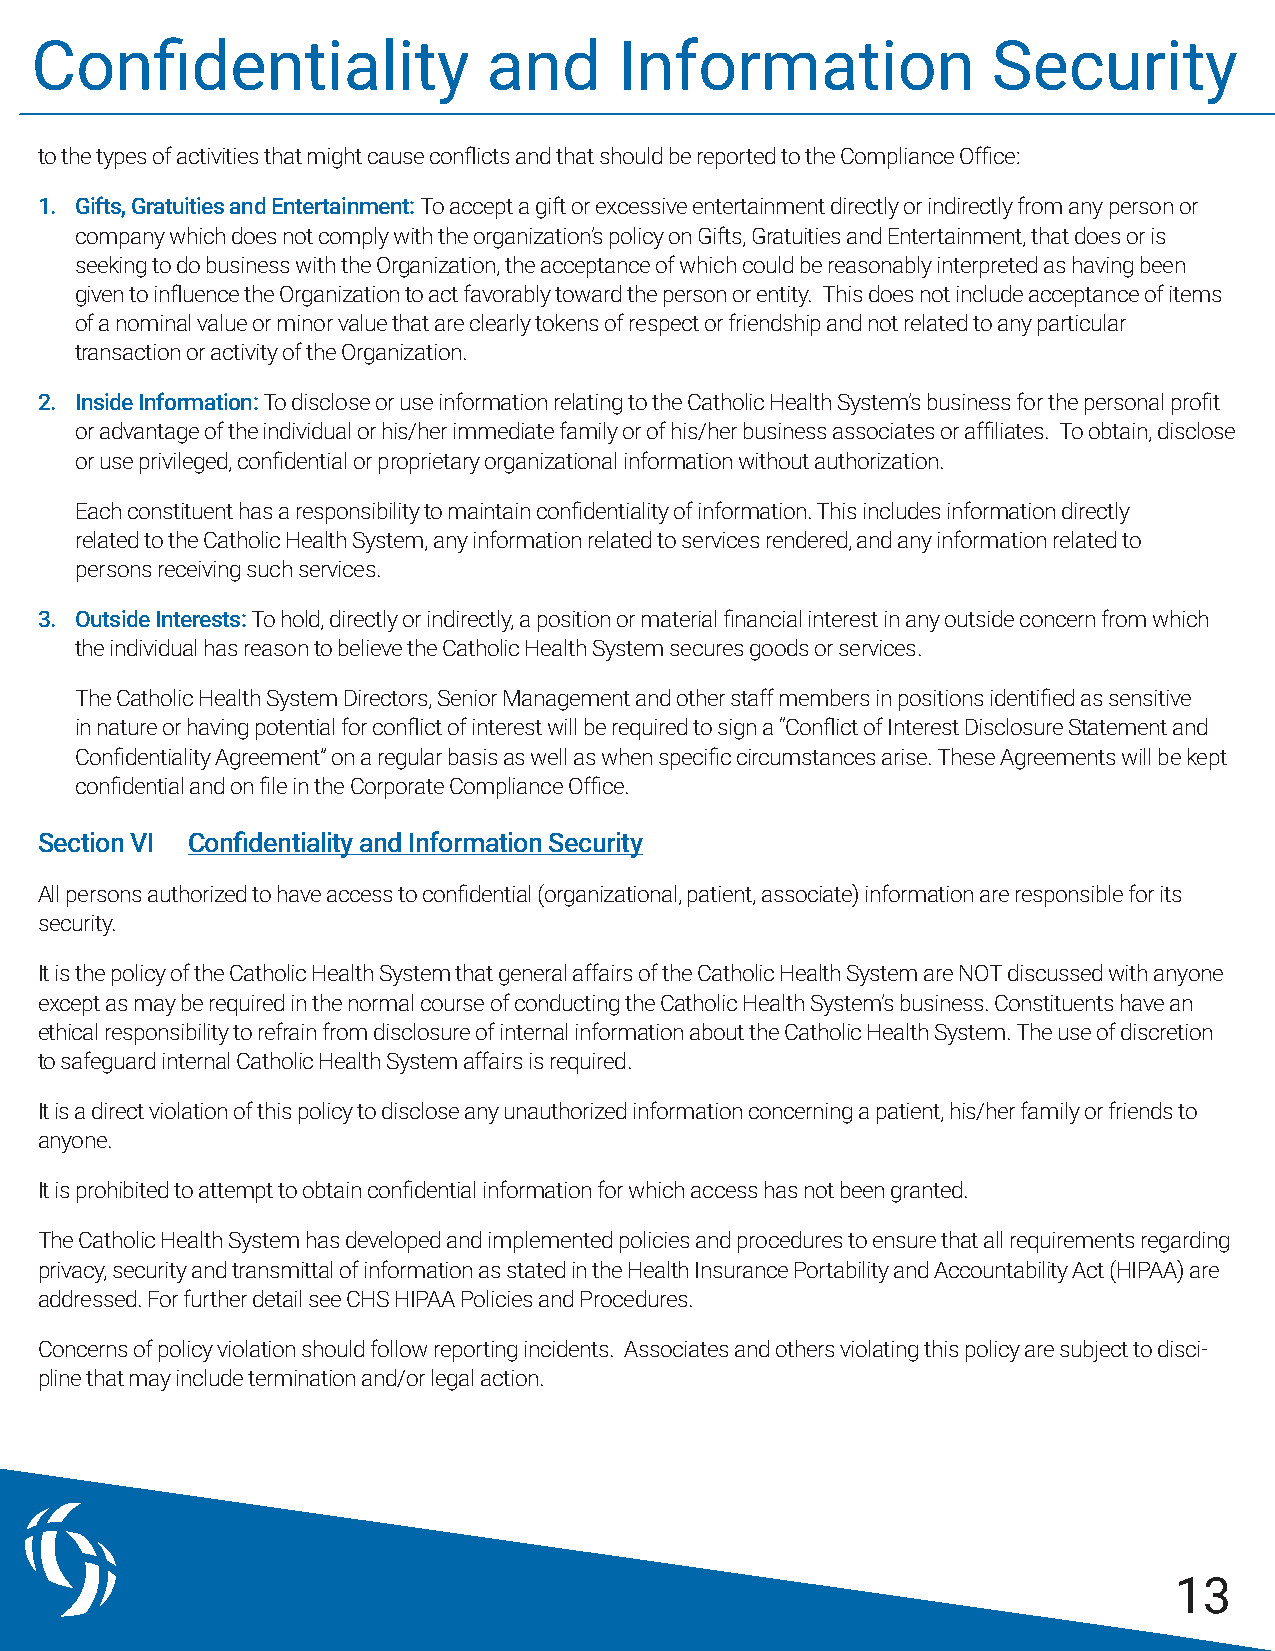
Confidentiality               and      Information              Security
 to the types of activities that might cause conflicts and that should be reported to the Compliance Office:
 1. Gifts, Gratuities and Entertainment: To accept a gift or excessive entertainment directly or indirectly from any person or
 company which does not comply with the organization’s policy on Gifts, Gratuities and Entertainment, that does or is
 seeking to do business with the Organization, the acceptance of which could be reasonably interpreted as having been
 given to influence the Organization to act favorably toward the person or entity. This does not include acceptance of items
 of a nominal value or minor value that are clearly tokens of respect or friendship and not related to any particular
 transaction or activity of the Organization.
 2. Inside Information: To disclose or use information relating to the Catholic Health System’s business for the personal profit
 or advantage of the individual or his/her immediate family or of his/her business associates or affiliates. To obtain, disclose
 or use privileged, confidential or proprietary organizational information without authorization.
 Each constituent has a responsibility to maintain confidentiality of information. This includes information directly
 related to the Catholic Health System, any information related to services rendered, and any information related to
 persons receiving such services.
 3. Outside Interests: To hold, directly or indirectly, a position or material financial interest in any outside concern from which
 the individual has reason to believe the Catholic Health System secures goods or services.
 The Catholic Health System Directors, Senior Management and other staff members in positions identified as sensitive
 in nature or having potential for conflict of interest will be required to sign a “Conflict of Interest Disclosure Statement and
 Confidentiality Agreement” on a regular basis as well as when specific circumstances arise. These Agreements will be kept
 confidential and on file in the Corporate Compliance Office.
 Section VI Confidentiality and Information Security
 All persons authorized to have access to confidential (organizational, patient, associate) information are responsible for its
 security.
 It is the policy of the Catholic Health System that general affairs of the Catholic Health System are NOT discussed with anyone
 except as may be required in the normal course of conducting the Catholic Health System’s business. Constituents have an
 ethical responsibility to refrain from disclosure of internal information about the Catholic Health System. The use of discretion
 to safeguard internal Catholic Health System affairs is required.
 It is a direct violation of this policy to disclose any unauthorized information concerning a patient, his/her family or friends to
 anyone.
 It is prohibited to attempt to obtain confidential information for which access has not been granted.
 The Catholic Health System has developed and implemented policies and procedures to ensure that all requirements regarding
 privacy, security and transmittal of information as stated in the Health Insurance Portability and Accountability Act (HIPAA) are
 addressed. For further detail see CHS HIPAA Policies and Procedures.
 Concerns of policy violation should follow reporting incidents. Associates and others violating this policy are subject to disci-
 pline that may include termination and/or legal action.
 13